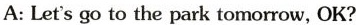
A: Let's go to the park tomorrow, OK?